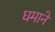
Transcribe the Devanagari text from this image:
घमाने